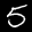
Label: 5